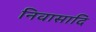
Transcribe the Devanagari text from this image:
निवासादि